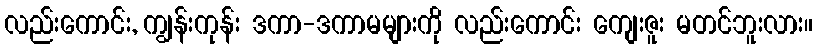
လည်းကောင်း, ကျွန်းကုန်း ဒကာ-ဒကာမများကို လည်းကောင်း ကျေးဇူး မတင်ဘူးလား။